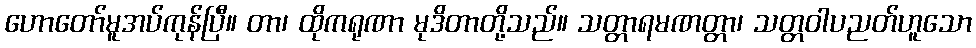
ဟောတော်မူအပ်ကုန်ပြီ။ တာ၊ ထိုကရုဏာ မုဒိတာတို့သည်။ သတ္တာရမဏတ္တာ၊ သတ္တဝါပညတ်ဟူသော